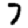
Digit: 7